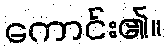
ကောင်း၏။